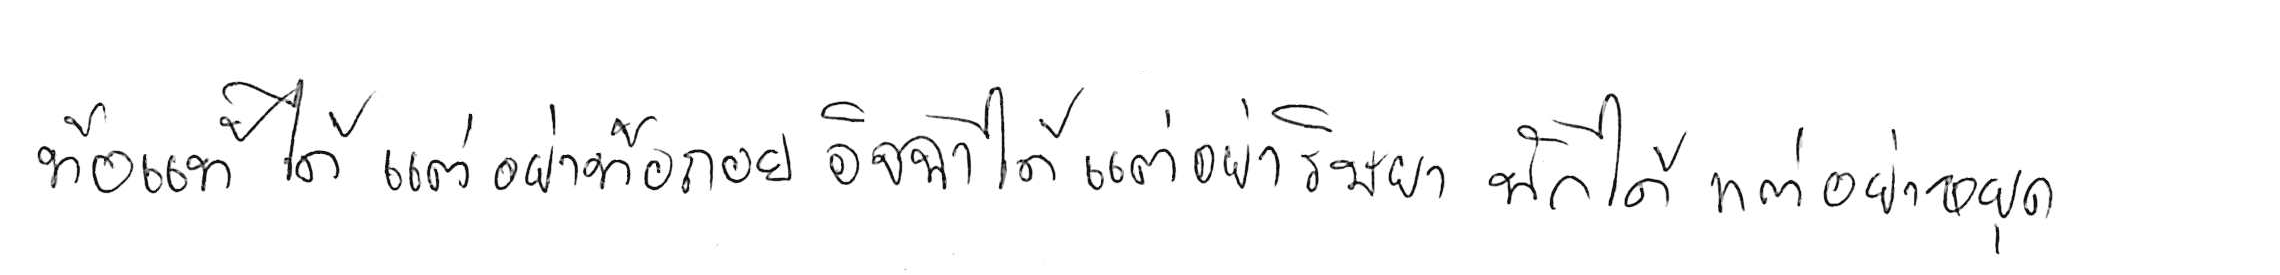
ท้อแท้ได้ แต่อย่าท้อถอย อิจฉาได้ แต่อย่าริษยา พักได้ แต่อย่าหยุด